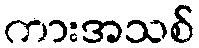
ကားအသစ်